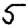
Digit: 5